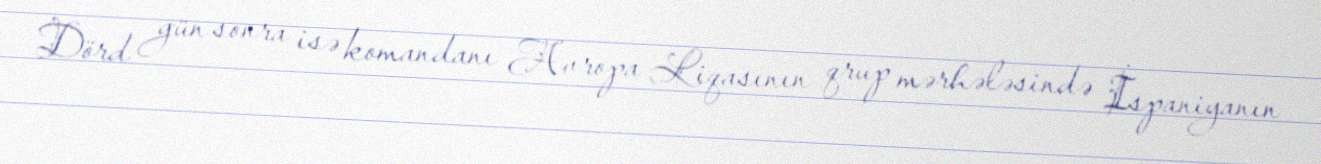
Dörd gün sonra isə komandanı Avropa Liqasının qrup mərhələsində İspaniyanın